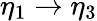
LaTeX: \eta_{1}\rightarrow\eta_{3}